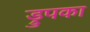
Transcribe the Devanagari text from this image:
ड्रुपका